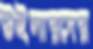
উইলারদের